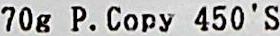
70G P.COPY 450'S